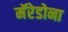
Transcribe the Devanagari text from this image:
मॅरेडोना